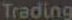
Trading